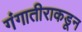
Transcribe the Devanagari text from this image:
गंगातीराकडून